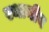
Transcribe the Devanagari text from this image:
स्थानीय